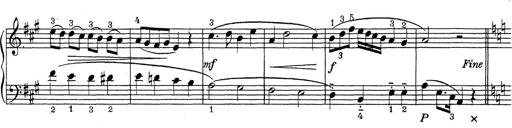
Title: ÄŒeskÃ© Sonatiny
Composer: Various